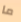
ما